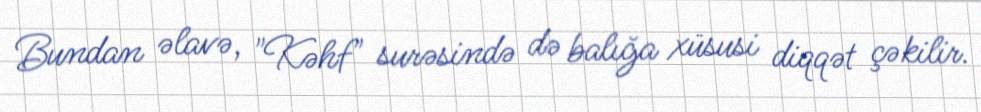
Bundan əlavə, "Kəhf" surəsində də balığa xüsusi diqqət çəkilir.